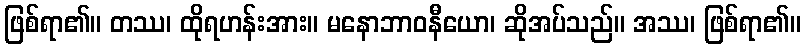
ဖြစ်ရာ၏။ တဿ၊ ထိုရဟန်းအား။ မနောဘာဝနီယော၊ ဆိုအပ်သည်။ အဿ၊ ဖြစ်ရာ၏။